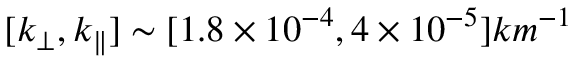
[ k _ { \perp } , k _ { \parallel } ] \sim [ 1 . 8 \times 1 0 ^ { - 4 } , 4 \times 1 0 ^ { - 5 } ] k m ^ { - 1 }